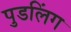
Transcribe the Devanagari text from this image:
पुडलिंग